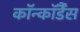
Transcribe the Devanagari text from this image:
कॉन्कॉर्डैंस